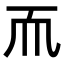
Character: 𬻃